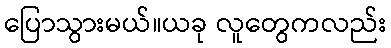
ပြောသွားမယ်။ယခု လူတွေကလည်း